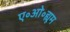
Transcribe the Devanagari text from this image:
ए॰ओ॰ह्यूम